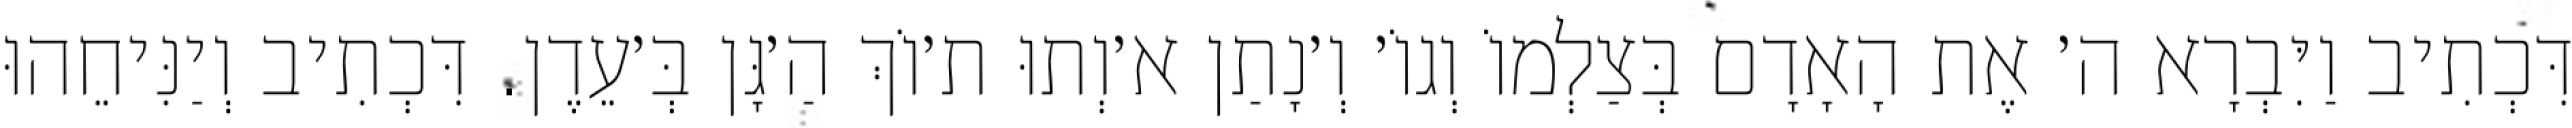
דִּכְתִיב וַיִּבְרָא ה׳ אֶת הָאָדָם בְּצַלְמוֹ וְגוֹ׳ וְ׳נָתַן א׳וְתוּ ת׳וֹךְ הַ׳גָּן בְּ׳עֵדֶן. דִּכְתִיב וְיַנִּיחֵהוּ